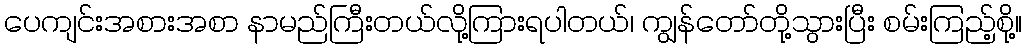
ပေကျင်းအစားအစာ နာမည်ကြီးတယ်လို့ကြားရပါတယ်၊ ကျွန်တော်တို့သွားပြီး စမ်းကြည့်စို့။